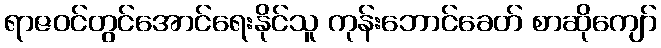
ရာဇဝင်တွင်အောင်ရေးနိုင်သူ ကုန်းဘောင်ခေတ် စာဆိုကျော်